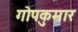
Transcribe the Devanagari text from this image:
गोपकुमार